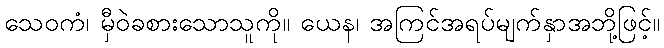
သေဝကံ၊ မှီဝဲခစားသောသူကို။ ယေန၊ အကြင်အရပ်မျက်နှာအဘို့ဖြင့်။